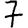
Digit: 7